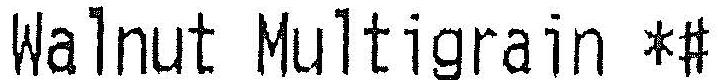
WALNUT MULTIGRAIN *#